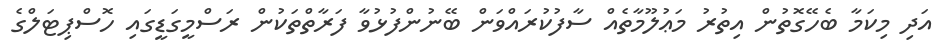
އަދި މިކަމާ ބެހޭގޮތުން އިތުރު މަޢުލޫމާތެއް ސާފުކުރައްވަން ބޭނުންފުޅުވާ ފަރާތްތަކުން ރަސްމީގަޑީގައި ހޮސްޕިޓަލްގެ